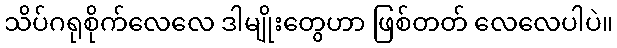
သိပ်ဂရုစိုက်လေလေ ဒါမျိုးတွေဟာ ဖြစ်တတ် လေလေပါပဲ။